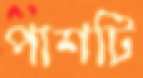
পাশটি